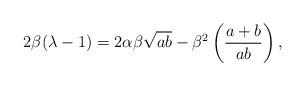
LaTeX: \begin{align*}2\beta(\lambda-1)=2\alpha\beta\sqrt{ab}-\beta^2\left(\frac{a+b}{ab}\right),\end{align*}